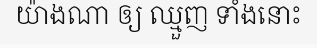
យ៉ាងណា ឲ្យ ឈ្មួញ ទាំងនោះ